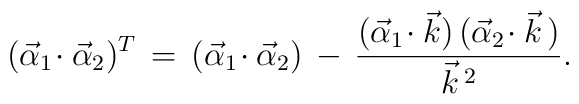
(\vec\alpha_1\!\cdot\vec\alpha_2)^T\,=\,(\vec\alpha_1\!\cdot\vec\alpha_2)\,-\,{(\vec\alpha_1\!\cdot\vec k)\,(\vec\alpha_2\!\cdot\vec k\,)\over \vec k\,^2}.